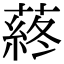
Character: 蔠